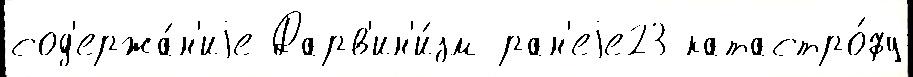
сод'ержа́н'иjе Дарв'ин'и́зм ран'еjе23 катастро́фу